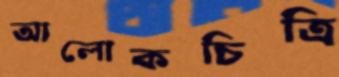
আলোকচিত্রি